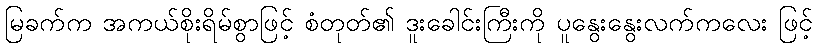
မြခက်က အကယ်စိုးရိမ်စွာဖြင့် စံတုတ်၏ ဒူးခေါင်းကြီးကို ပူနွေးနွေးလက်ကလေး ဖြင့်